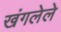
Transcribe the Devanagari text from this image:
खंगलेले